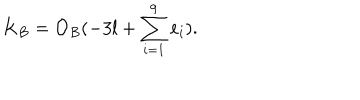
LaTeX: K _ { B } = { \mathcal O } _ { B } ( - 3 l + \sum _ { i = 1 } ^ { 9 } e _ { i } ) .